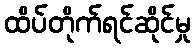
ထိပ်တိုက်ရင်ဆိုင်မှု